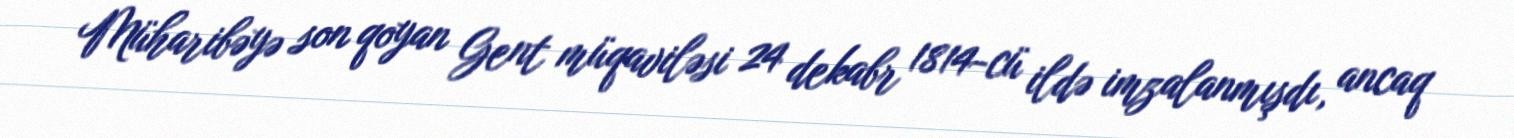
Müharibəyə son qoyan Gent müqaviləsi 24 dekabr 1814-cü ildə imzalanmışdı, ancaq